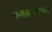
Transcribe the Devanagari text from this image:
क्वार्केनची